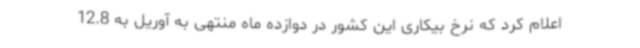
اعلام کرد که نرخ بیکاری این کشور در دوازده ماه منتهی به آوریل به 12.8